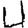
Digit: 4